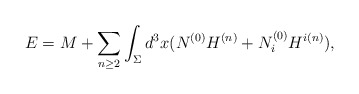
\begin{align*}E=M+\sum_{n\ge2}\int_\Sigma d^3x (N^{(0)}H^{(n)}+N_i^{(0)}H^{i(n)}),\end{align*}